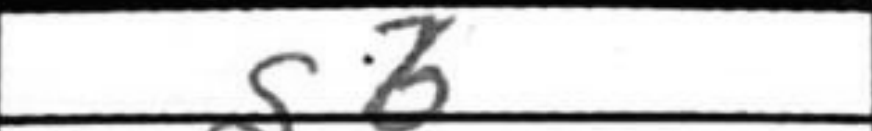
Transcription: gb